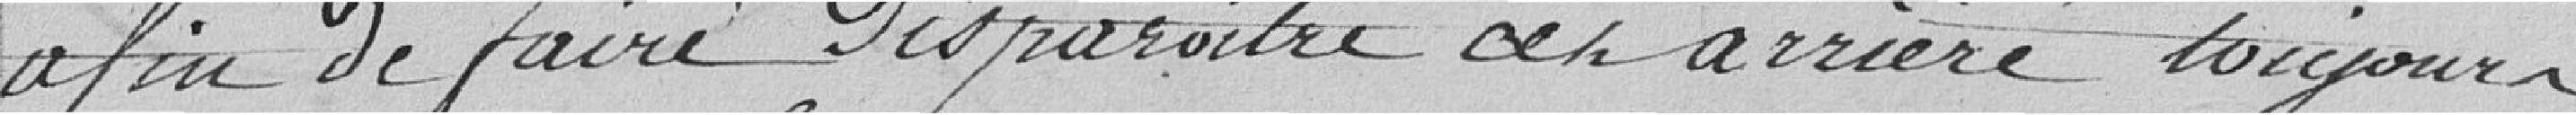
afin de faire disparaître cet arriéré toujours